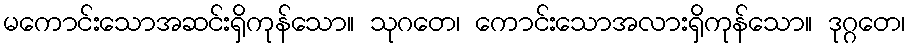
မကောင်းသောအဆင်းရှိကုန်သော။ သုဂတေ၊ ကောင်းသောအလားရှိကုန်သော။ ဒုဂ္ဂတေ၊